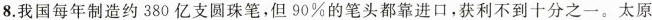
8.我国每年制造约380亿支圆珠笔，但90%的笔头都靠进口，获利不到十分之一。太原